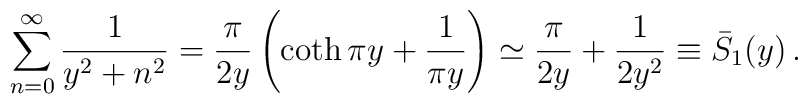
\sum_{n=0}^{\infty}\frac{1}{y^2+n^2}=\frac{\pi}{2y}\left (\coth \pi y+\frac{1}{\pi y}\right )\simeq \frac{\pi}{2y} +\frac{1}{2y^2}\equiv \bar S_1(y)\,{.}